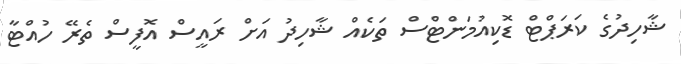
ޝާހިދުގެ ކަރަޕްޓް ޑޮކިއުމަންޓްސް ތަކެއް ޝާހިދު އަށް ރައީސް އޮފީސް ތެރޭ ހުއްޓާ